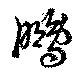
鵬